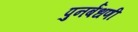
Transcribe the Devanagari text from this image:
पुनर्बंधणी